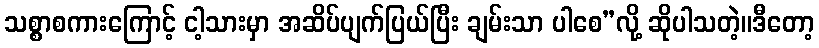
သစ္စာစကားကြောင့် ငါ့သားမှာ အဆိပ်ပျက်ပြယ်ပြီး ချမ်းသာ ပါစေ”လို့ ဆိုပါသတဲ့။ဒီတော့